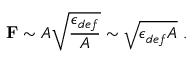
{ \bf F } \sim A \sqrt { \frac { \epsilon _ { d e f } } { A } } \sim \sqrt { \epsilon _ { d e f } A } ~ .